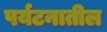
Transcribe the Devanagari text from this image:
पर्यटनातील